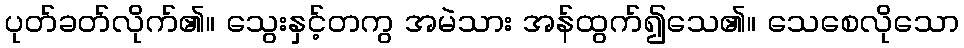
ပုတ်ခတ်လိုက်၏။ သွေးနှင့်တကွ အမဲသား အန်ထွက်၍သေ၏။ သေစေလိုသော